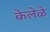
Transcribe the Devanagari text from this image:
केलेळे